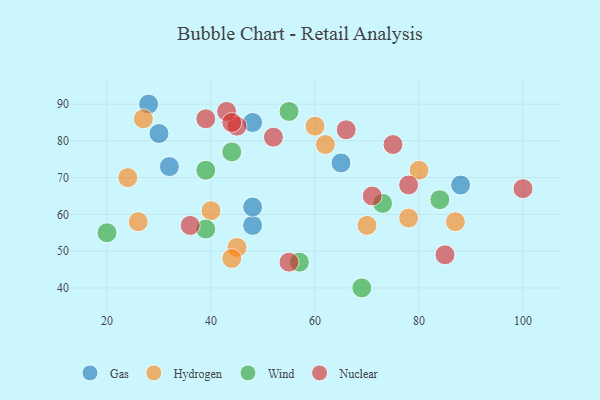
{"axis": {"x": "GDP", "y": "Life Expectancy"}, "legend": ["Gas", "Hydrogen", "Nuclear", "Wind"], "data": [{"x": "88", "y": 68, "type": "Gas"}, {"x": "48", "y": 57, "type": "Gas"}, {"x": "28", "y": 90, "type": "Gas"}, {"x": "65", "y": 74, "type": "Gas"}, {"x": "48", "y": 85, "type": "Gas"}, {"x": "48", "y": 62, "type": "Gas"}, {"x": "32", "y": 73, "type": "Gas"}, {"x": "30", "y": 82, "type": "Gas"}, {"x": "26", "y": 58, "type": "Hydrogen"}, {"x": "24", "y": 70, "type": "Hydrogen"}, {"x": "62", "y": 79, "type": "Hydrogen"}, {"x": "87", "y": 58, "type": "Hydrogen"}, {"x": "80", "y": 72, "type": "Hydrogen"}, {"x": "27", "y": 86, "type": "Hydrogen"}, {"x": "60", "y": 84, "type": "Hydrogen"}, {"x": "70", "y": 57, "type": "Hydrogen"}, {"x": "40", "y": 61, "type": "Hydrogen"}, {"x": "45", "y": 51, "type": "Hydrogen"}, {"x": "44", "y": 48, "type": "Hydrogen"}, {"x": "78", "y": 59, "type": "Hydrogen"}, {"x": "69", "y": 40, "type": "Wind"}, {"x": "44", "y": 77, "type": "Wind"}, {"x": "39", "y": 72, "type": "Wind"}, {"x": "20", "y": 55, "type": "Wind"}, {"x": "39", "y": 56, "type": "Wind"}, {"x": "55", "y": 88, "type": "Wind"}, {"x": "57", "y": 47, "type": "Wind"}, {"x": "84", "y": 64, "type": "Wind"}, {"x": "73", "y": 63, "type": "Wind"}, {"x": "55", "y": 47, "type": "Nuclear"}, {"x": "75", "y": 79, "type": "Nuclear"}, {"x": "45", "y": 84, "type": "Nuclear"}, {"x": "39", "y": 86, "type": "Nuclear"}, {"x": "52", "y": 81, "type": "Nuclear"}, {"x": "43", "y": 88, "type": "Nuclear"}, {"x": "36", "y": 57, "type": "Nuclear"}, {"x": "78", "y": 68, "type": "Nuclear"}, {"x": "66", "y": 83, "type": "Nuclear"}, {"x": "71", "y": 65, "type": "Nuclear"}, {"x": "85", "y": 49, "type": "Nuclear"}, {"x": "44", "y": 85, "type": "Nuclear"}, {"x": "100", "y": 67, "type": "Nuclear"}]}